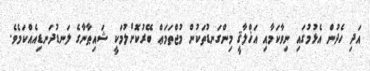
އަދި ހެދުން އެޅުމުގައި ނިވާކަމާއި އަޚްލާޤީ މިންގަނޑުތަކުން މުޖްތަމަޢް ބޭރުކޮށްލުމަކީ ޝައިޠާނާގެ ލަނޑުދަނޑިއެއްކަމެވެ.